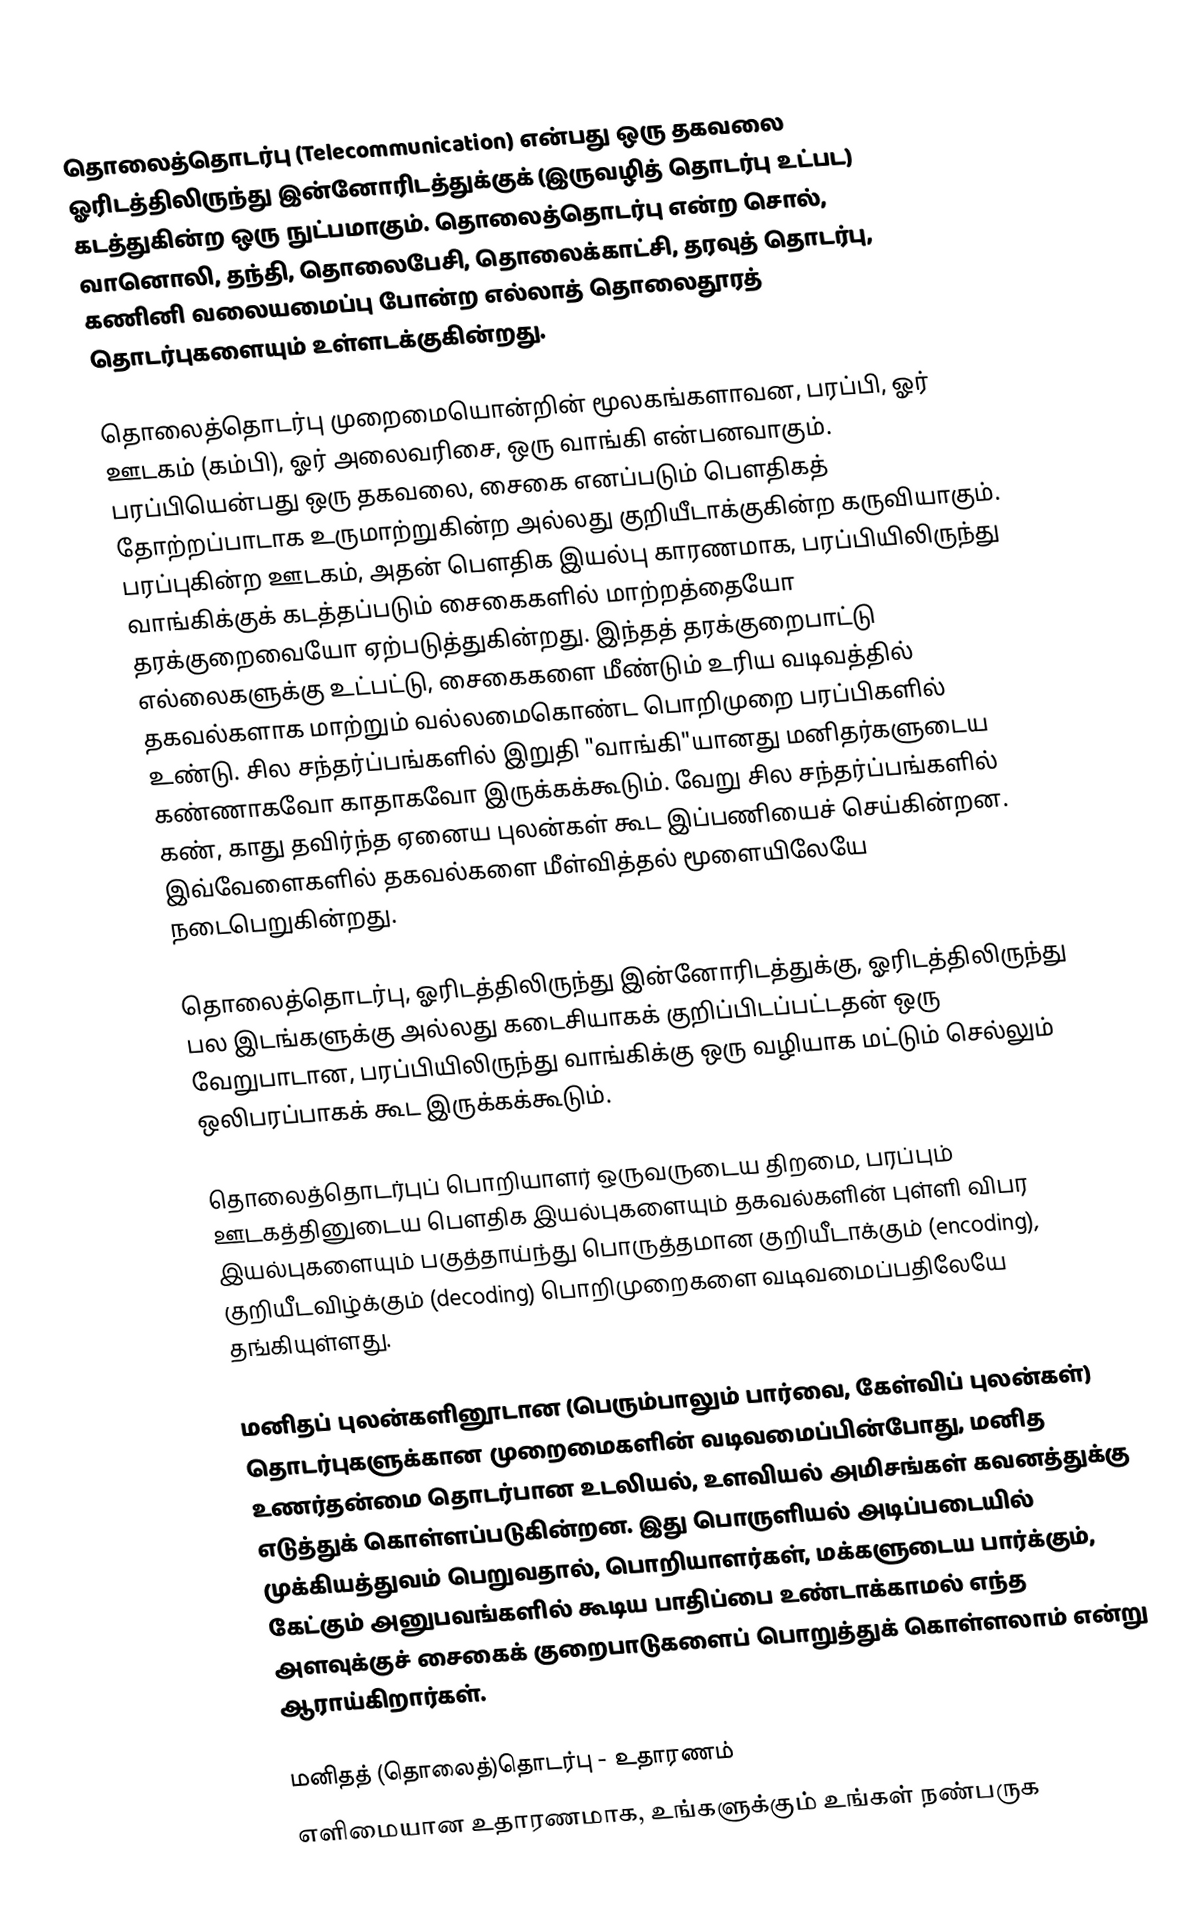
தொலைத்தொடர்பு (Telecommunication) என்பது ஒரு தகவலை ஓரிடத்திலிருந்து இன்னோரிடத்துக்குக் (இருவழித் தொடர்பு உட்பட) கடத்துகின்ற ஒரு நுட்பமாகும். தொலைத்தொடர்பு என்ற சொல், வானொலி, தந்தி, தொலைபேசி, தொலைக்காட்சி, தரவுத் தொடர்பு, கணினி வலையமைப்பு போன்ற எல்லாத் தொலைதூரத் தொடர்புகளையும் உள்ளடக்குகின்றது.

தொலைத்தொடர்பு முறைமையொன்றின் மூலகங்களாவன, பரப்பி, ஓர் ஊடகம் (கம்பி), ஓர் அலைவரிசை, ஒரு வாங்கி என்பனவாகும். பரப்பியென்பது ஒரு தகவலை, சைகை எனப்படும் பௌதிகத் தோற்றப்பாடாக உருமாற்றுகின்ற அல்லது குறியீடாக்குகின்ற கருவியாகும். பரப்புகின்ற ஊடகம், அதன் பௌதிக இயல்பு காரணமாக, பரப்பியிலிருந்து வாங்கிக்குக் கடத்தப்படும் சைகைகளில் மாற்றத்தையோ தரக்குறைவையோ ஏற்படுத்துகின்றது. இந்தத் தரக்குறைபாட்டு எல்லைகளுக்கு உட்பட்டு, சைகைகளை மீண்டும் உரிய வடிவத்தில் தகவல்களாக மாற்றும் வல்லமைகொண்ட பொறிமுறை பரப்பிகளில் உண்டு. சில சந்தர்ப்பங்களில் இறுதி "வாங்கி"யானது மனிதர்களுடைய கண்ணாகவோ காதாகவோ இருக்கக்கூடும். வேறு சில சந்தர்ப்பங்களில் கண், காது தவிர்ந்த ஏனைய புலன்கள் கூட இப்பணியைச் செய்கின்றன. இவ்வேளைகளில் தகவல்களை மீள்வித்தல் மூளையிலேயே நடைபெறுகின்றது.

தொலைத்தொடர்பு, ஓரிடத்திலிருந்து இன்னோரிடத்துக்கு, ஓரிடத்திலிருந்து பல இடங்களுக்கு அல்லது கடைசியாகக் குறிப்பிடப்பட்டதன் ஒரு வேறுபாடான, பரப்பியிலிருந்து வாங்கிக்கு ஒரு வழியாக மட்டும் செல்லும் ஒலிபரப்பாகக் கூட இருக்கக்கூடும்.

தொலைத்தொடர்புப் பொறியாளர் ஒருவருடைய திறமை, பரப்பும் ஊடகத்தினுடைய பௌதிக இயல்புகளையும் தகவல்களின் புள்ளி விபர இயல்புகளையும் பகுத்தாய்ந்து பொருத்தமான குறியீடாக்கும் (encoding), குறியீடவிழ்க்கும் (decoding) பொறிமுறைகளை வடிவமைப்பதிலேயே தங்கியுள்ளது.

மனிதப் புலன்களினூடான (பெரும்பாலும் பார்வை, கேள்விப் புலன்கள்) தொடர்புகளுக்கான முறைமைகளின் வடிவமைப்பின்போது, மனித உணர்தன்மை தொடர்பான உடலியல், உளவியல் அமிசங்கள் கவனத்துக்கு எடுத்துக் கொள்ளப்படுகின்றன. இது பொருளியல் அடிப்படையில் முக்கியத்துவம் பெறுவதால், பொறியாளர்கள், மக்களுடைய பார்க்கும், கேட்கும் அனுபவங்களில் கூடிய பாதிப்பை உண்டாக்காமல் எந்த அளவுக்குச் சைகைக் குறைபாடுகளைப் பொறுத்துக் கொள்ளலாம் என்று ஆராய்கிறார்கள்.

மனிதத் (தொலைத்)தொடர்பு - உதாரணம்
எளிமையான உதாரணமாக, உங்களுக்கும் உங்கள் நண்பருக